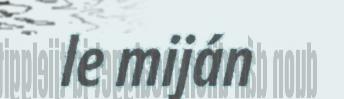
le miján